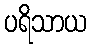
ပရိသာယ